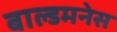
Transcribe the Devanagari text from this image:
बाल्डमनेस